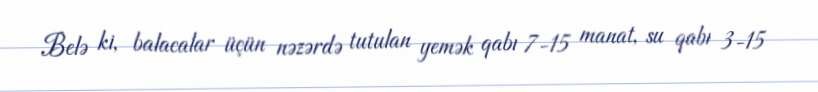
Belə ki, balacalar üçün nəzərdə tutulan yemək qabı 7-15 manat, su qabı 3-15